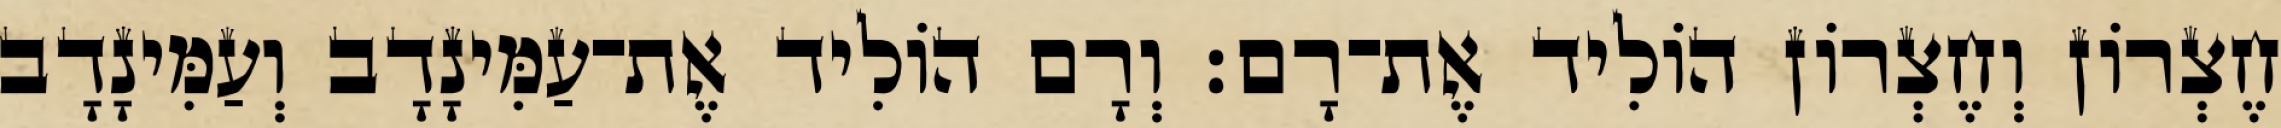
חֶצְרוֹן וְחֶצְרוֹן הוֹלִיד אֶת־רָם׃ וְרָם הוֹלִיד אֶת־עַמִּינָדָב וְעַמִּינָדָב